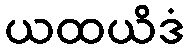
ယထယိဒံ